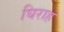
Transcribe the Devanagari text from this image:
घिराह